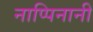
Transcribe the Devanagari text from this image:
नाप्पिनानी